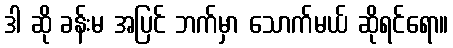
ဒါ ဆို ခန်းမ အပြင် ဘက်မှာ သောက်မယ် ဆိုရင်ရော။